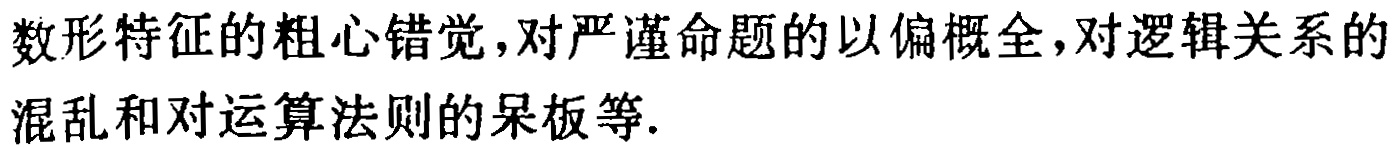
数形特征的粗心错觉,对严谨命题的以偏概全,对逻辑关系的混乱和对运算法则的呆板等.